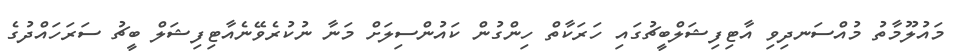
މައުލޫމާތު މުއްސަނދިވި އާޓިފިޝަލްބީޗުގައި ހަރަކާތް ހިންގުން ކައުންސިލަށް މަނާ ނުކުރެވޭނެއާޓިފިޝަލް ބީޗު ސަރަހައްދުގެ